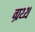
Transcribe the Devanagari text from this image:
ग्रथ्थ